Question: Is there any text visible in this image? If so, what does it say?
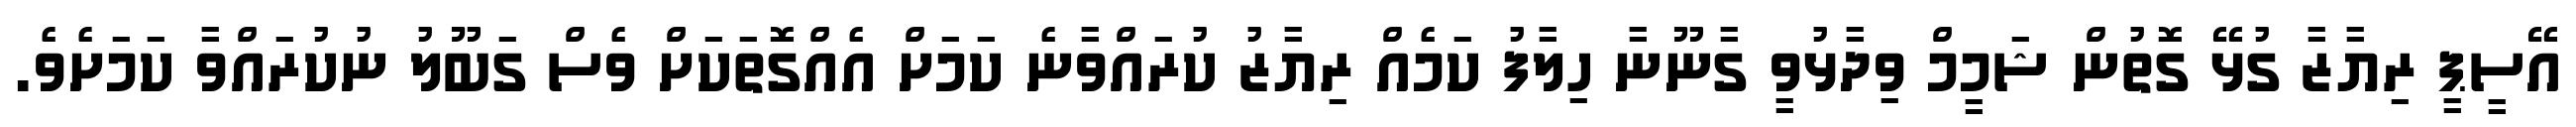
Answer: އޭސީޕީ ރިޔާޒާ ގުޅޭ ގޮތުން ޝަމީމް ވިދާޅުވީ ގާނޫނާ ހިލާފު ކަމެއް ރިޔާޒު ކުރައްވާނެ ކަމަށް އެއްގޮތަކަށް ވެސް ގަބޫލު ނުކުރައްވާ ކަމަށެވެ.